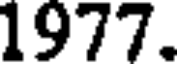
1977.